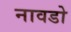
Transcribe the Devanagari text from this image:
नावडो